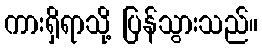
ကားရှိရာသို့ ပြန်သွားသည်။